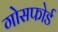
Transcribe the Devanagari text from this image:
गोसफोर्ड